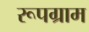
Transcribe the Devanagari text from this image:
रूपग्राम